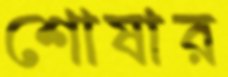
শোষার